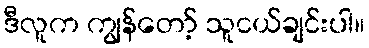
ဒီလူက ကျွန်တော့် သူငယ်ချင်းပါ။